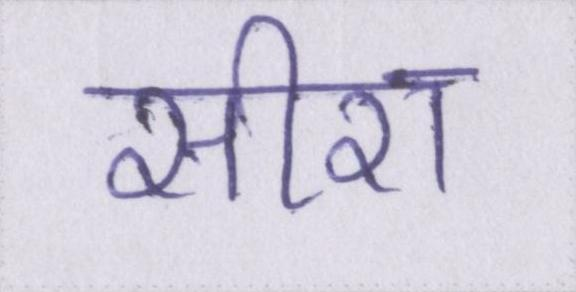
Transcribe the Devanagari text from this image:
सीरा